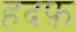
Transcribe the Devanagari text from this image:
हदफ़